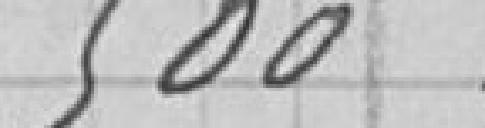
500